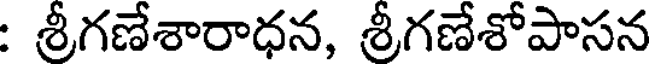
: శ్రీగణేశారాధన, శ్రీగణేశోపాసన